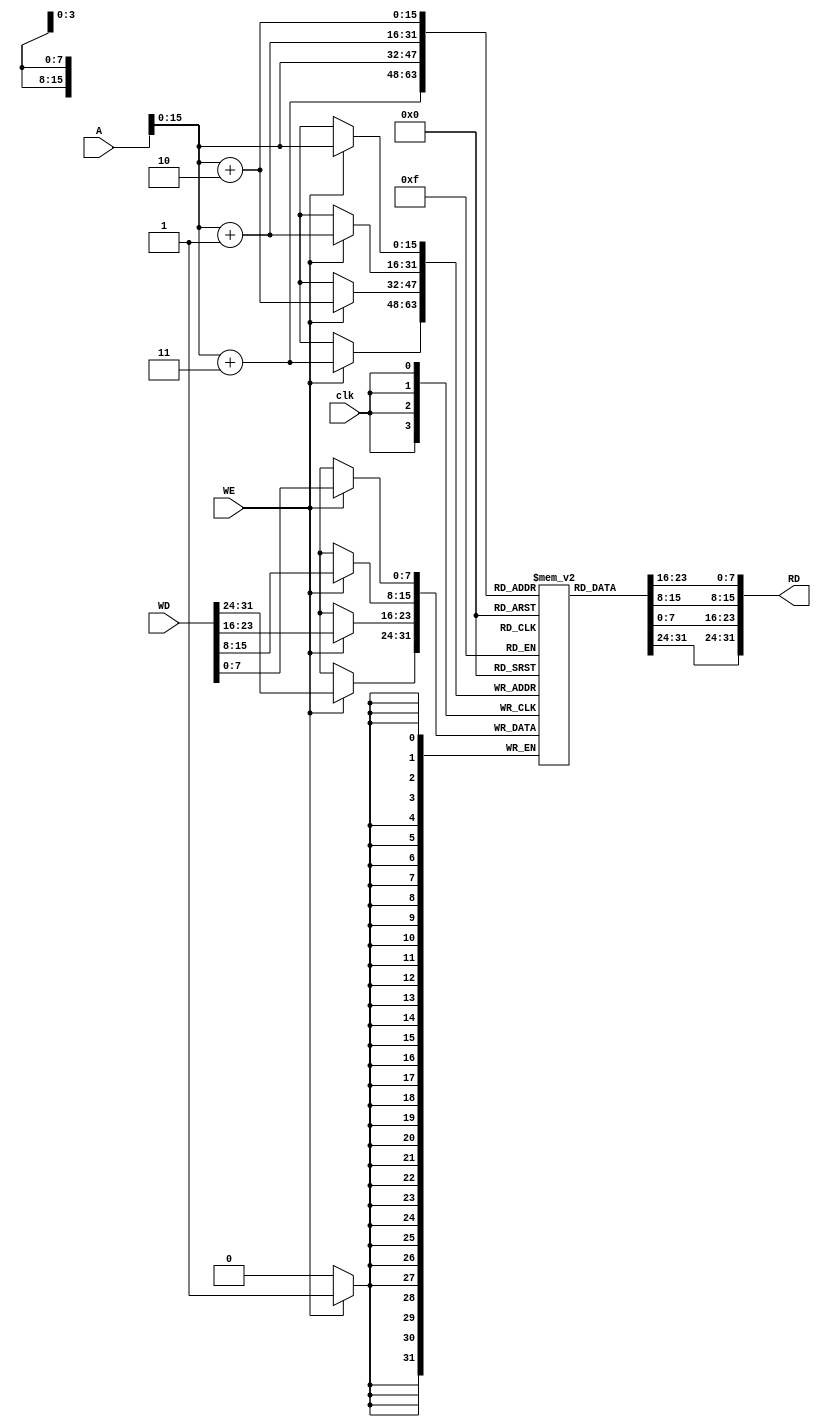
`default_nettype none
module memory #(
    parameter BUS_WIDTH=32,
    parameter DATA_WIDTH=8
) (
    input wire WE,
    input wire clk,
    input wire [BUS_WIDTH-1:0]A,
    input wire [BUS_WIDTH-1:0]WD,
    output wire [BUS_WIDTH-1:0]RD
);
reg [DATA_WIDTH-1:0] mem [2**16-1:0];

assign RD = {mem[A+3],mem[A+2],mem[A+1],mem[A]} ;

always @(posedge clk ) begin
    if (WE) begin
        {mem[A+3],mem[A+2],mem[A+1],mem[A]}=WD;
    end
end 
endmodule